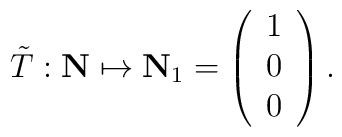
{\tilde T}: {\bf N} \mapsto {\bf N}_1 = \left(\begin{array}{c}1 \\0 \\0 \end{array}\right).